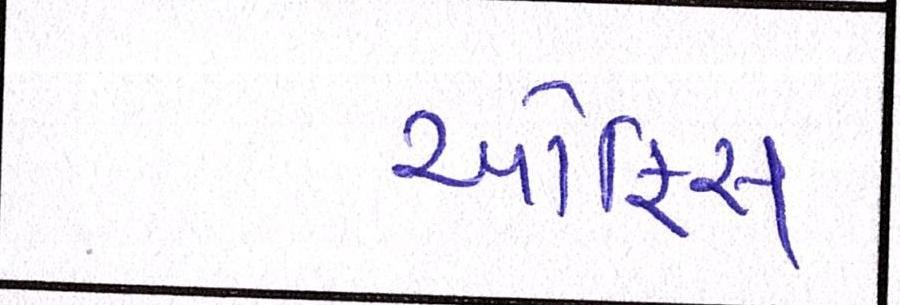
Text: ઑફિસ